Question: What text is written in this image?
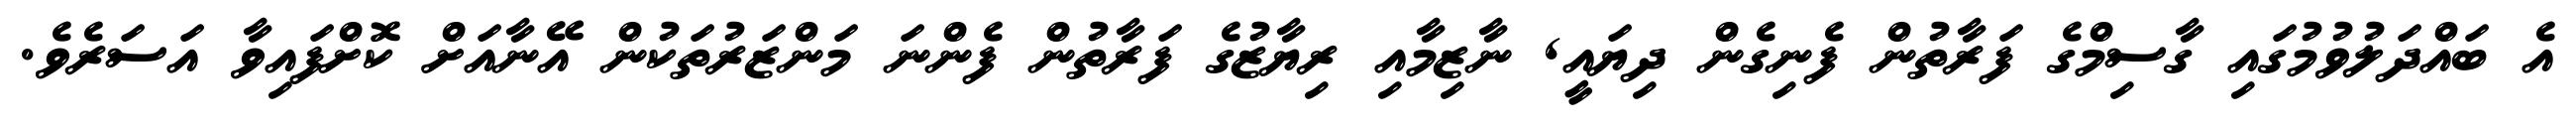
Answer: އެ ބައްދަލުވުމުގައި ގާސިމްގެ ފަރާތުން ފެނިގެން ދިޔައީ, ނާޒިމާއި ރިޔާޒުގެ ފަރާތުން ފެންނަ މަންޒަރުތަކުން އޭނާއަށް ކޮށްފައިވާ އަސަރެވެ.